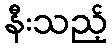
နီးသည့်